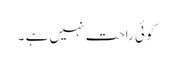
کوئی راحت نہیں ہے ۔